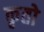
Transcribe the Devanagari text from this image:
कृतो